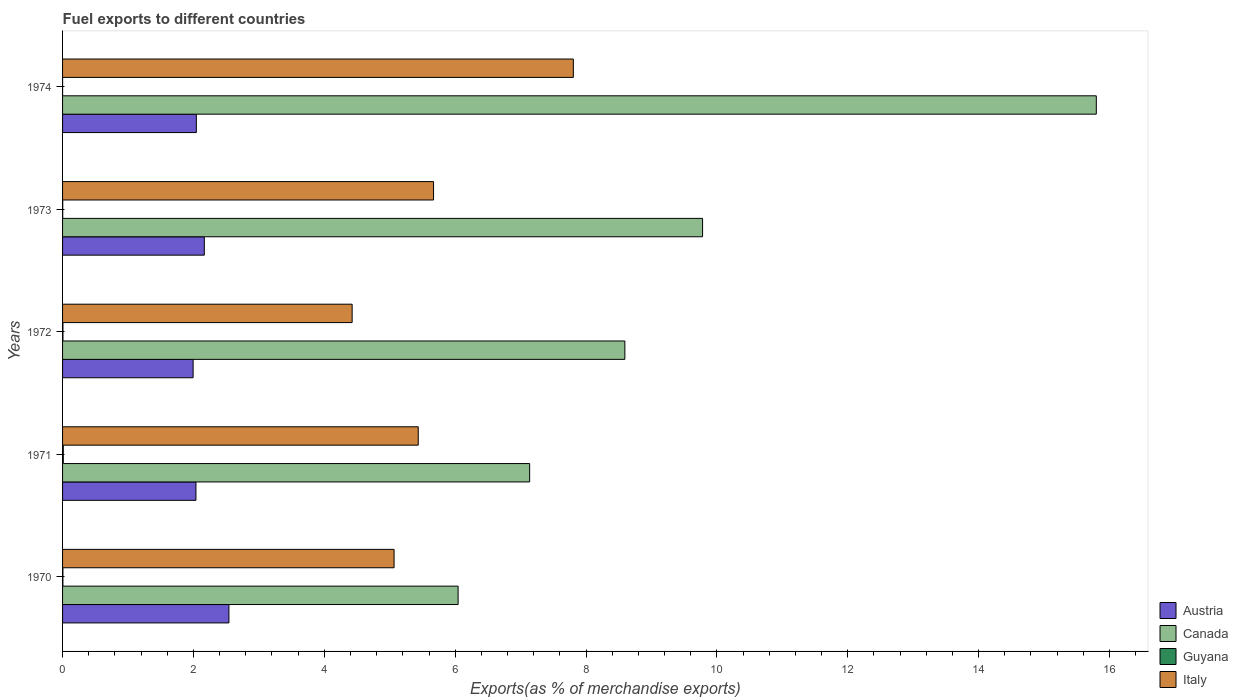
| Years | Austria | Canada | Guyana | Italy |
 | --- | --- | --- | --- | --- |
 | 1970 | 2.54 | 6.04 | 0.00517 | 5.07 |
 | 1971 | 2.04 | 7.14 | 0.0113 | 5.44 |
 | 1972 | 1.99 | 8.59 | 0.00601 | 4.43 |
 | 1973 | 2.17 | 9.78 | 0.00225 | 5.67 |
 | 1974 | 2.04 | 15.8 | 0.000211 | 7.81 |